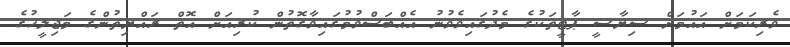
ވެރިކަމަށް އައުމަށް ސިޔާސީ ޕާޓީތަކުގެ މެދުގައިވެވުނު އެއްބަސްވުމުގައިވާގޮތުން ކުރިއަށް އޮތް ރައްޔިތުންގެ މަޖިލީހުގެ